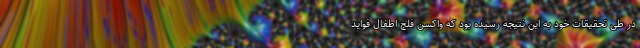
در طی تحقیقاتِ خود به این نتیجه رسیده بود که واکسنِ فلج اطفال فواید